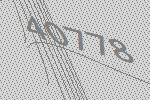
40778